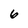
Character: 6